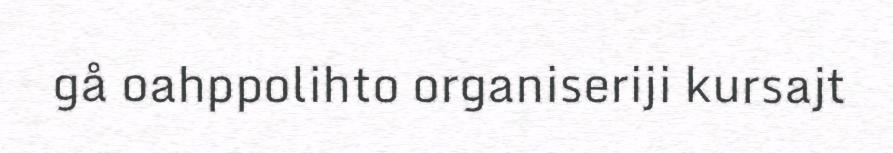
gå oahppolihto organiseriji kursajt